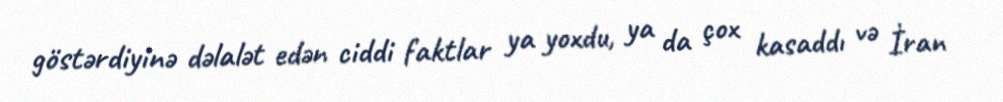
göstərdiyinə dəlalət edən ciddi faktlar ya yoxdu, ya da çox kasaddı və İran